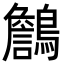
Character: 𪆻